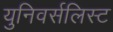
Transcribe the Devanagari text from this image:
युनिवर्सलिस्ट